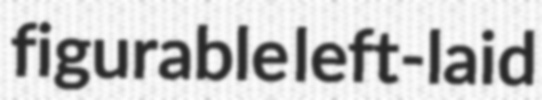
figurable left-laid